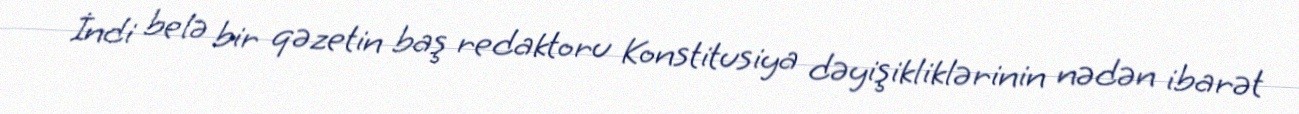
İndi belə bir qəzetin baş redaktoru Konstitusiya dəyişikliklərinin nədən ibarət